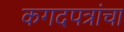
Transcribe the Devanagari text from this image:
कगदपत्रांचा